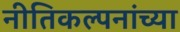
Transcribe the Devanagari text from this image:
नीतिकल्पनांच्या